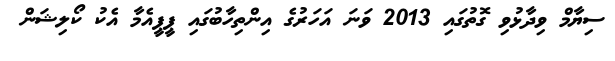
ސިޔާމް ވިދާޅުވި ގޮތުގައި 2013 ވަނަ އަހަރުގެ އިންތިހާބުގައި ޕީޕީއެމާ އެކު ކޯލިޝަން